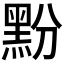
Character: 𮮔